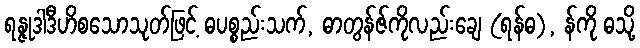
ရန္ဇုဒါဒီဟိစသောသုတ်ဖြင့် ဓပစ္စည်းသက်, ဓာတွန်ဇ်ကိုလည်းချေ (ရန်ဓ), န်ကို ဓသို့